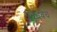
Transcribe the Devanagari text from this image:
अनुभवच